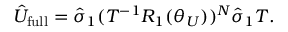
\begin{array} { r } { \hat { U } _ { \mathrm { f u l l } } = \hat { \sigma } _ { 1 } ( T ^ { - 1 } R _ { 1 } ( \theta _ { U } ) ) ^ { N } \hat { \sigma } _ { 1 } T . } \end{array}